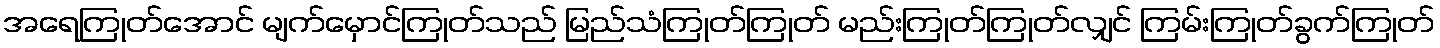
အရေကြုတ်အောင် မျက်မှောင်ကြုတ်သည် မြည်သံကြုတ်ကြုတ် မည်းကြုတ်ကြုတ်လျှင် ကြမ်းကြုတ်ခွက်ကြုတ်